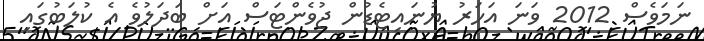
ނަމަވެސް 2012 ވަނަ އަހަރު ޔުނައިޓެޑުން ޖުވެންޓަސް އަށް ބަދަލުވެ އެ ކުލަބުގައި